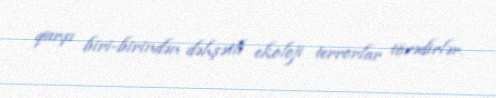
qarşı biri-birindən dəhşətli ekoloji terrorlar törədirlər.